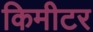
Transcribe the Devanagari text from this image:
किमीटर